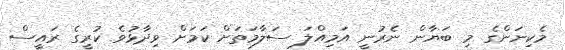
މެކިނަންގެ މި ބަޔާން ނެރުނީ އަމިއްލަ ސަލާމަތަށް ކަމަށް ވިދާޅުވެ ކުރީގެ ރައީސް